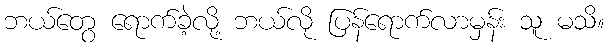
ဘယ်တွေ ရောက်ခဲ့လို့ ဘယ်လို ပြန်ရောက်လာမှန်း သူ မသိ။